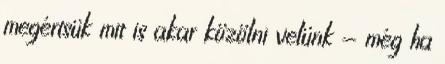
megértsük mit is akar közölni velünk - még ha